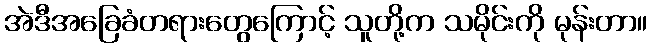
အဲဒီအခြေခံတရားတွေကြောင့် သူတို့က သမိုင်းကို မုန်းတာ။